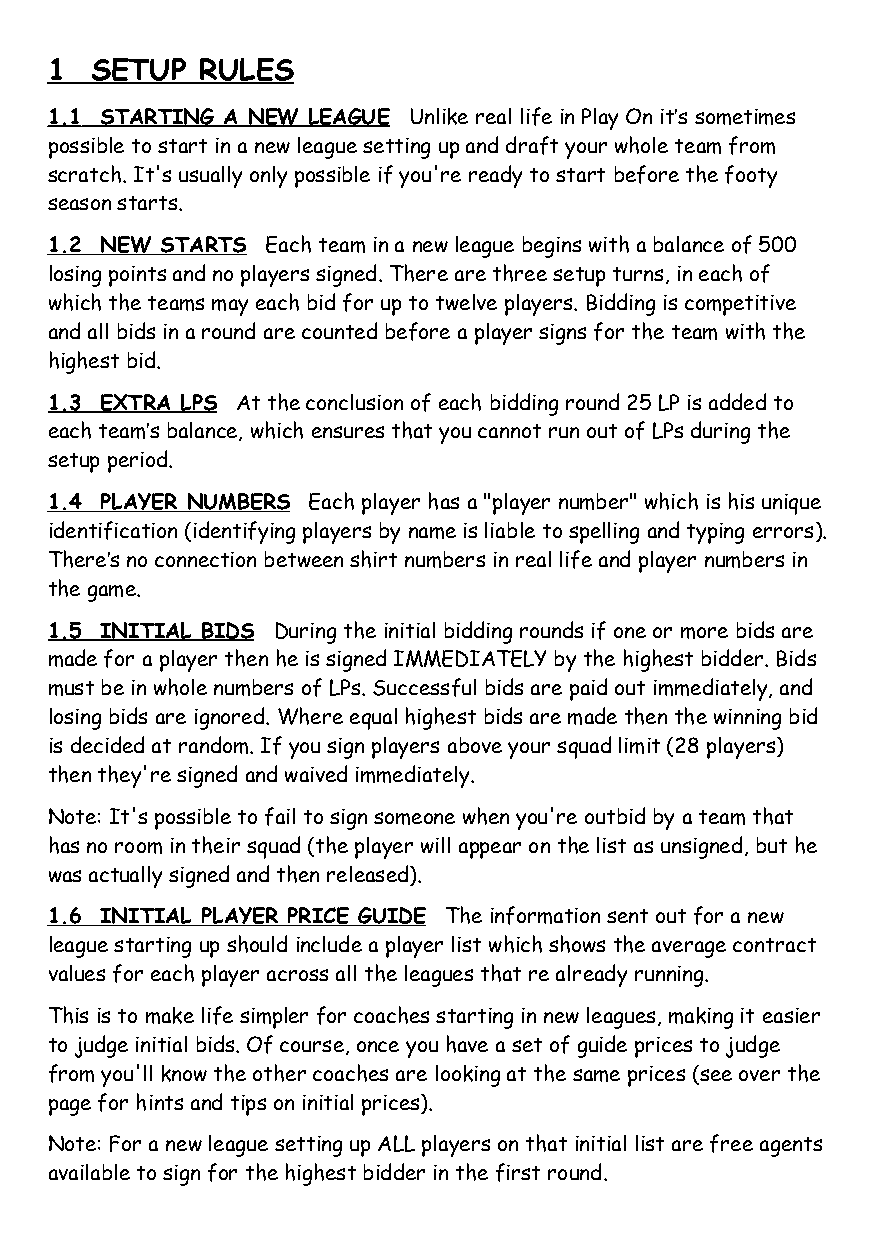
1  SETUP  RULES
 1 .1 STARTING A NEW LEAGUE Unlike real life in Play On it’s sometimes
 possible to start in a new league setting up and draft your whole team from
 scratch. It's usually only possible if you're ready to start before the footy
 season starts.
 1 .2 NEW STARTS Each team in a new league begins with a balance of 500
 losing points and no players signed. There are three setup turns, in each of
 which the teams may each bid for up to twelve players. Bidding is competitive
 and all bids in a round are counted before a player signs for the team with the
 highest bid.
 1 .3 EXTRA LPS At the conclusion of each bidding round 25 LP is added to
 each team’s balance, which ensures that you cannot run out of LPs during the
 setup period.
 1 .4 PLAYER NUMBERS Each player has a "player number" which is his unique
 identification (identifying players by name is liable to spelling and typing errors).
 There’s no connection between shirt numbers in real life and player numbers in
 the game.
 1 .5 INITIAL BIDS During the initial bidding rounds if one or more bids are
 made for a player then he is signed IMMEDIATELY by the highest bidder. Bids
 must be in whole numbers of LPs. Successful bids are paid out immediately, and
 losing bids are ignored. Where equal highest bids are made then the winning bid
 is decided at random. If you sign players above your squad limit (28 players)
 then they're signed and waived immediately.
 Note: It's possible to fail to sign someone when you're outbid by a team that
 has no room in their squad (the player will appear on the list as unsigned, but he
 was actually signed and then released).
 1 .6 INITIAL PLAYER PRICE GUIDE The information sent out for a new
 league starting up should include a player list which shows the average contract
 values for each player across all the leagues that re already running.
 This is to make life simpler for coaches starting in new leagues, making it easier
 to judge initial bids. Of course, once you have a set of guide prices to judge
 from you'll know the other coaches are looking at the same prices (see over the
 page for hints and tips on initial prices).
 Note: For a new league setting up ALL players on that initial list are free agents
 available to sign for the highest bidder in the first round.